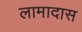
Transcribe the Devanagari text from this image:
लामादास